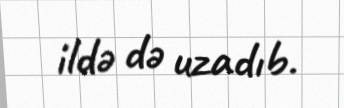
ildə də uzadıb.